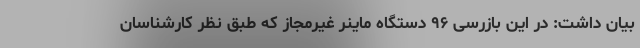
بیان داشت: در این بازرسی ۹۶ دستگاه ماینر غیرمجاز که طبق نظر کارشناسان